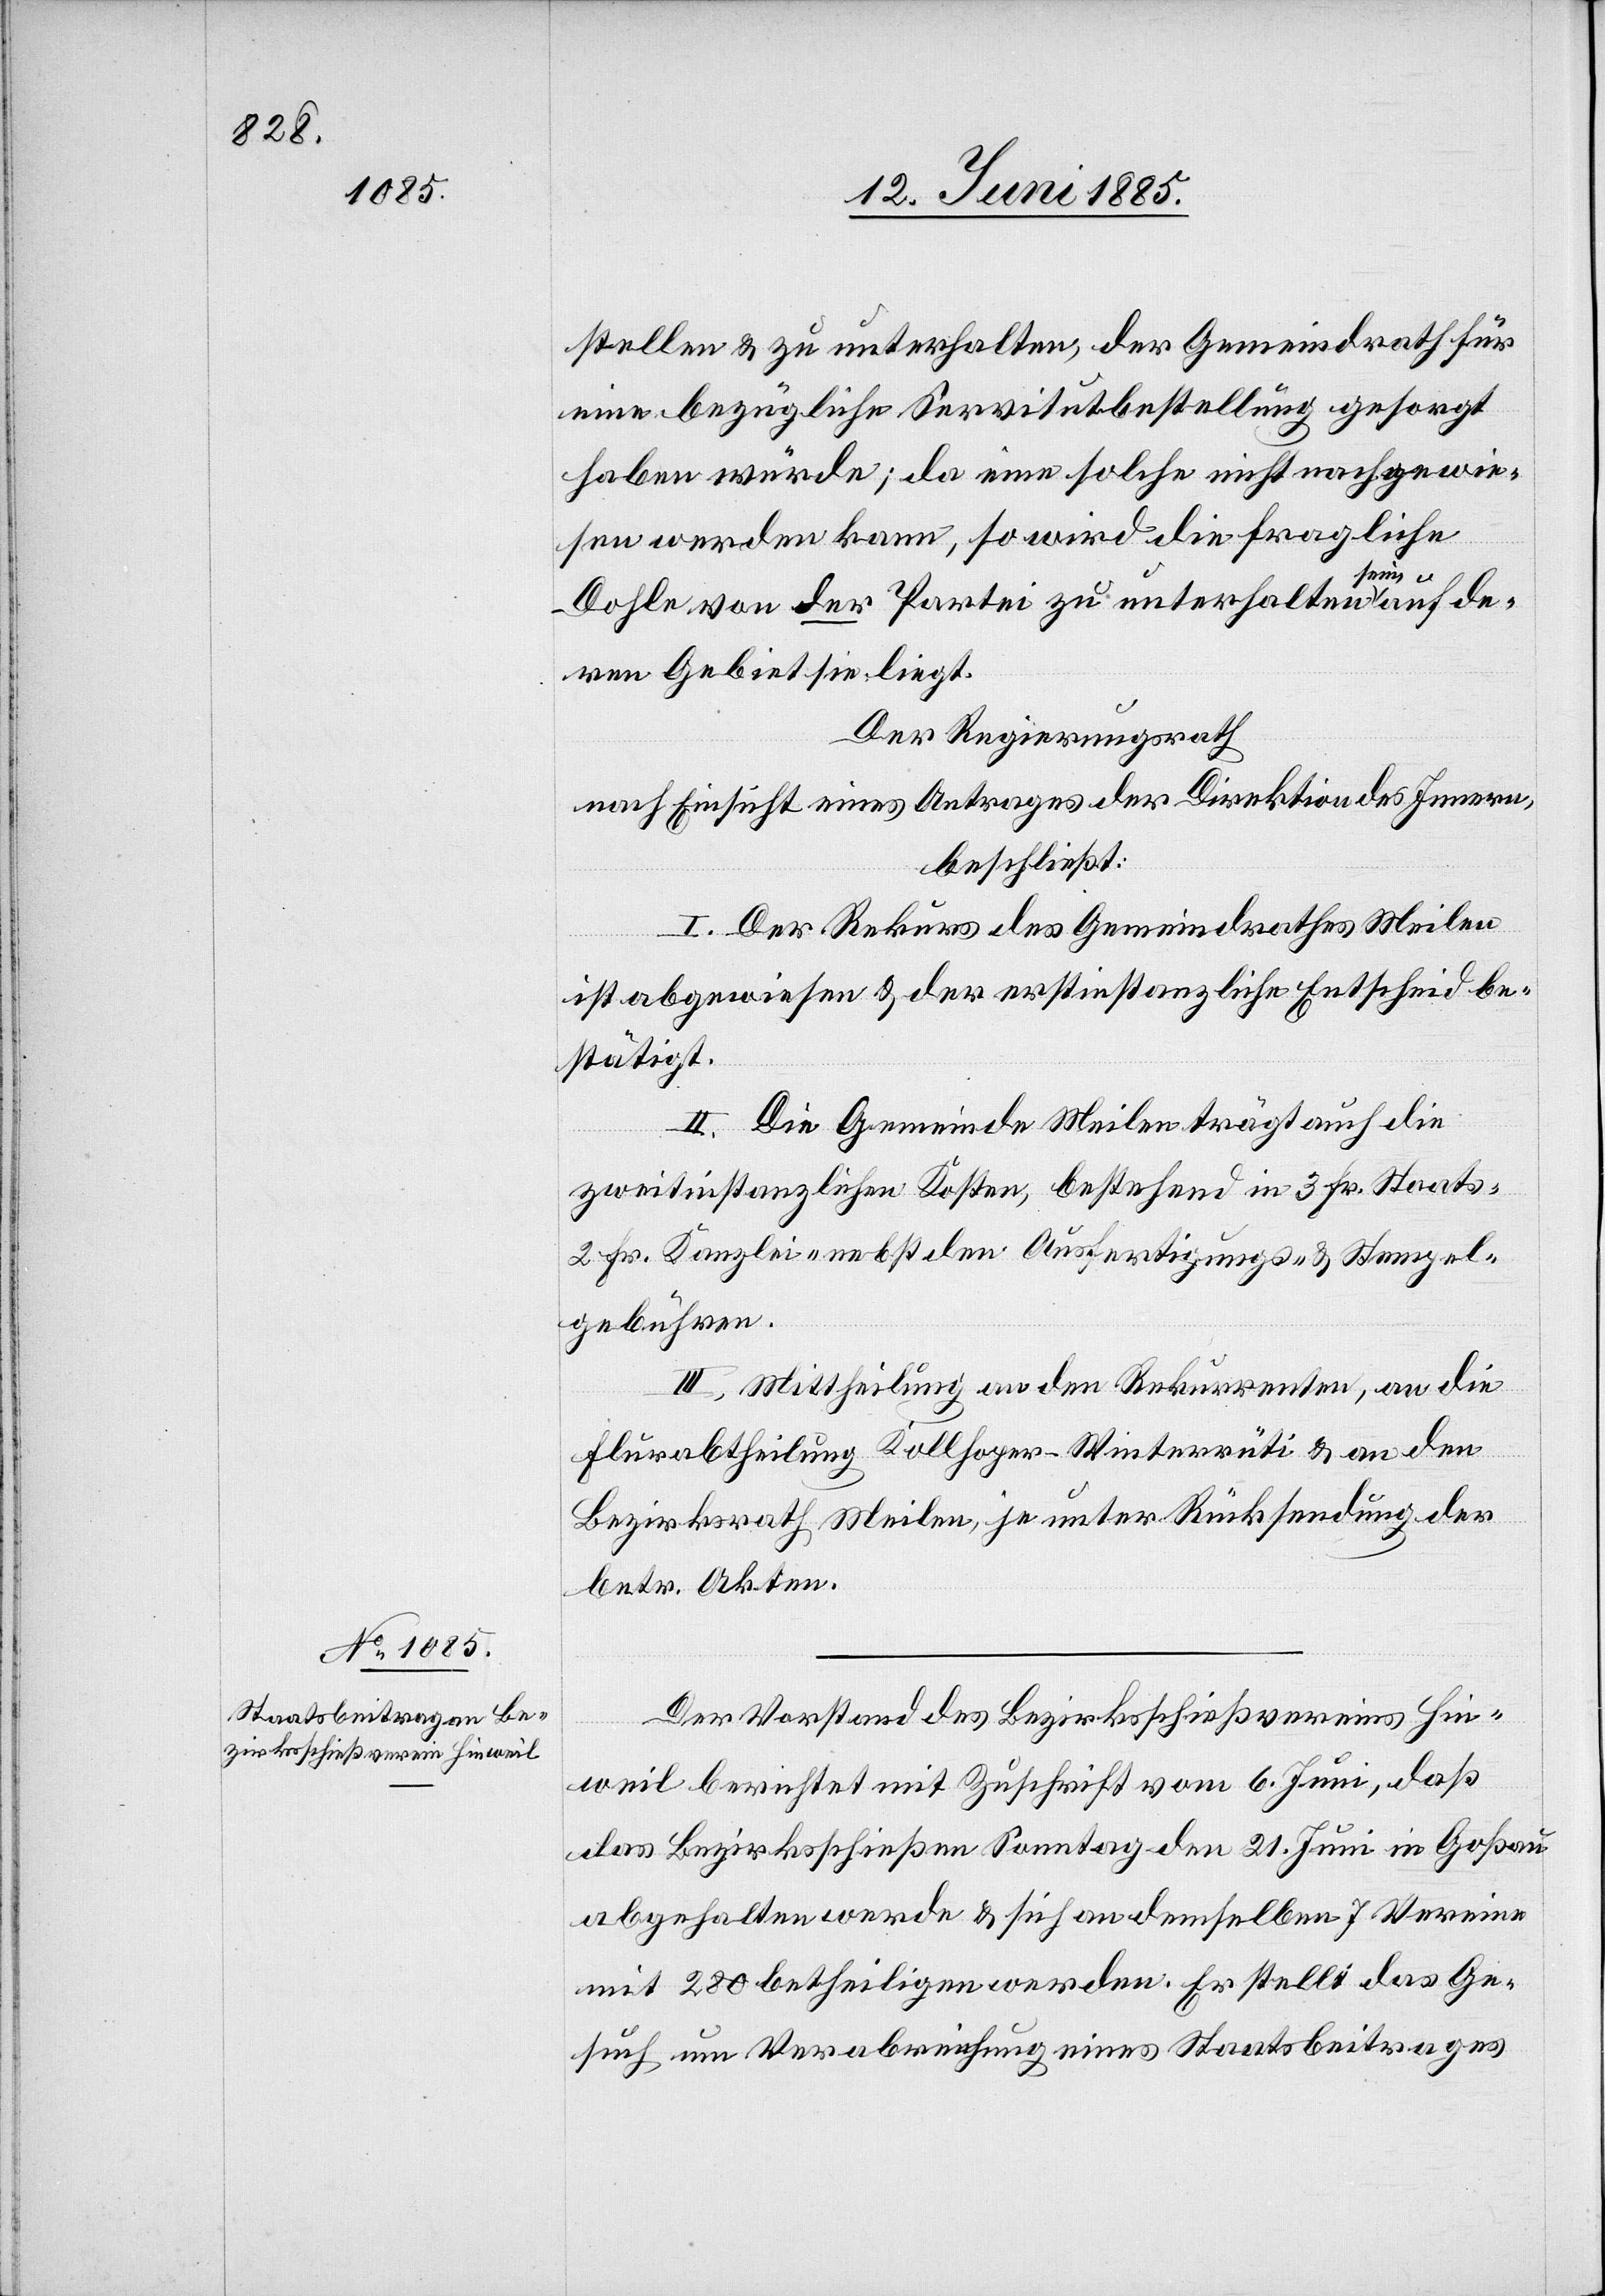
stellen & zu unterhalten, der Gemeindrath für
eine bezügliche Servitutbestellung gesorgt
haben würde; da eine solche nicht nachgewie¬
sen werden kann, so wird die fragliche
Dohle von der Partei zu unterhalten sein auf de¬
ren Gebiet sie liegt.
Der Regierungsrath
nach Einsicht eines Antrages der Direktion des Innern,
beschließt:
I. Der Rekurs des Gemeindrathes Meilen
ist abgewiesen & der erstinstanzliche Entscheid be¬
stätigt.
II. Die Gemeinde Meilen trägt auch die
zweitinstanzlichen Kosten, bestehend in 3 Fr. Staats-[,]
2 Fr. Kanzlei- nebst den Ausfertigungs- & Stempel¬
gebühren.
III. Mittheilung an den Rekurrenten, an die
Flurabtheilung Kollhoper–Winterrüti & an den
Bezirksrath Meilen, je unter Rücksendung der
betr. Akten.
Der Vorstand des Bezirksschießvereins Hin¬
weil berichtet mit Zuschrift vom 6. Juni, daß
das Bezirksschießen Sonntag den 21. Juni in Goßau
abgehalten werde & sich an demselben 7 Vereine
mit 280 … betheiligen werden. Er stellt das Ge¬
such um Verabreichung eines Staatsbeitrages